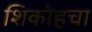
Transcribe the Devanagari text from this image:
शिकोहचा